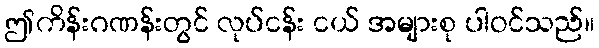
ဤကိန်းဂဏန်းတွင် လုပ်ငန်း ငယ် အများစု ပါဝင်သည်။